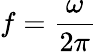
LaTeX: f={\frac{\omega}{2\pi}}